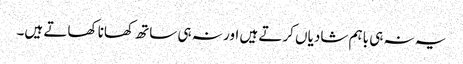
یہ نہ ہی باہم شادیاں کرتے ہیں اور نہ ہی ساتھ کھانا کھاتے ہیں۔